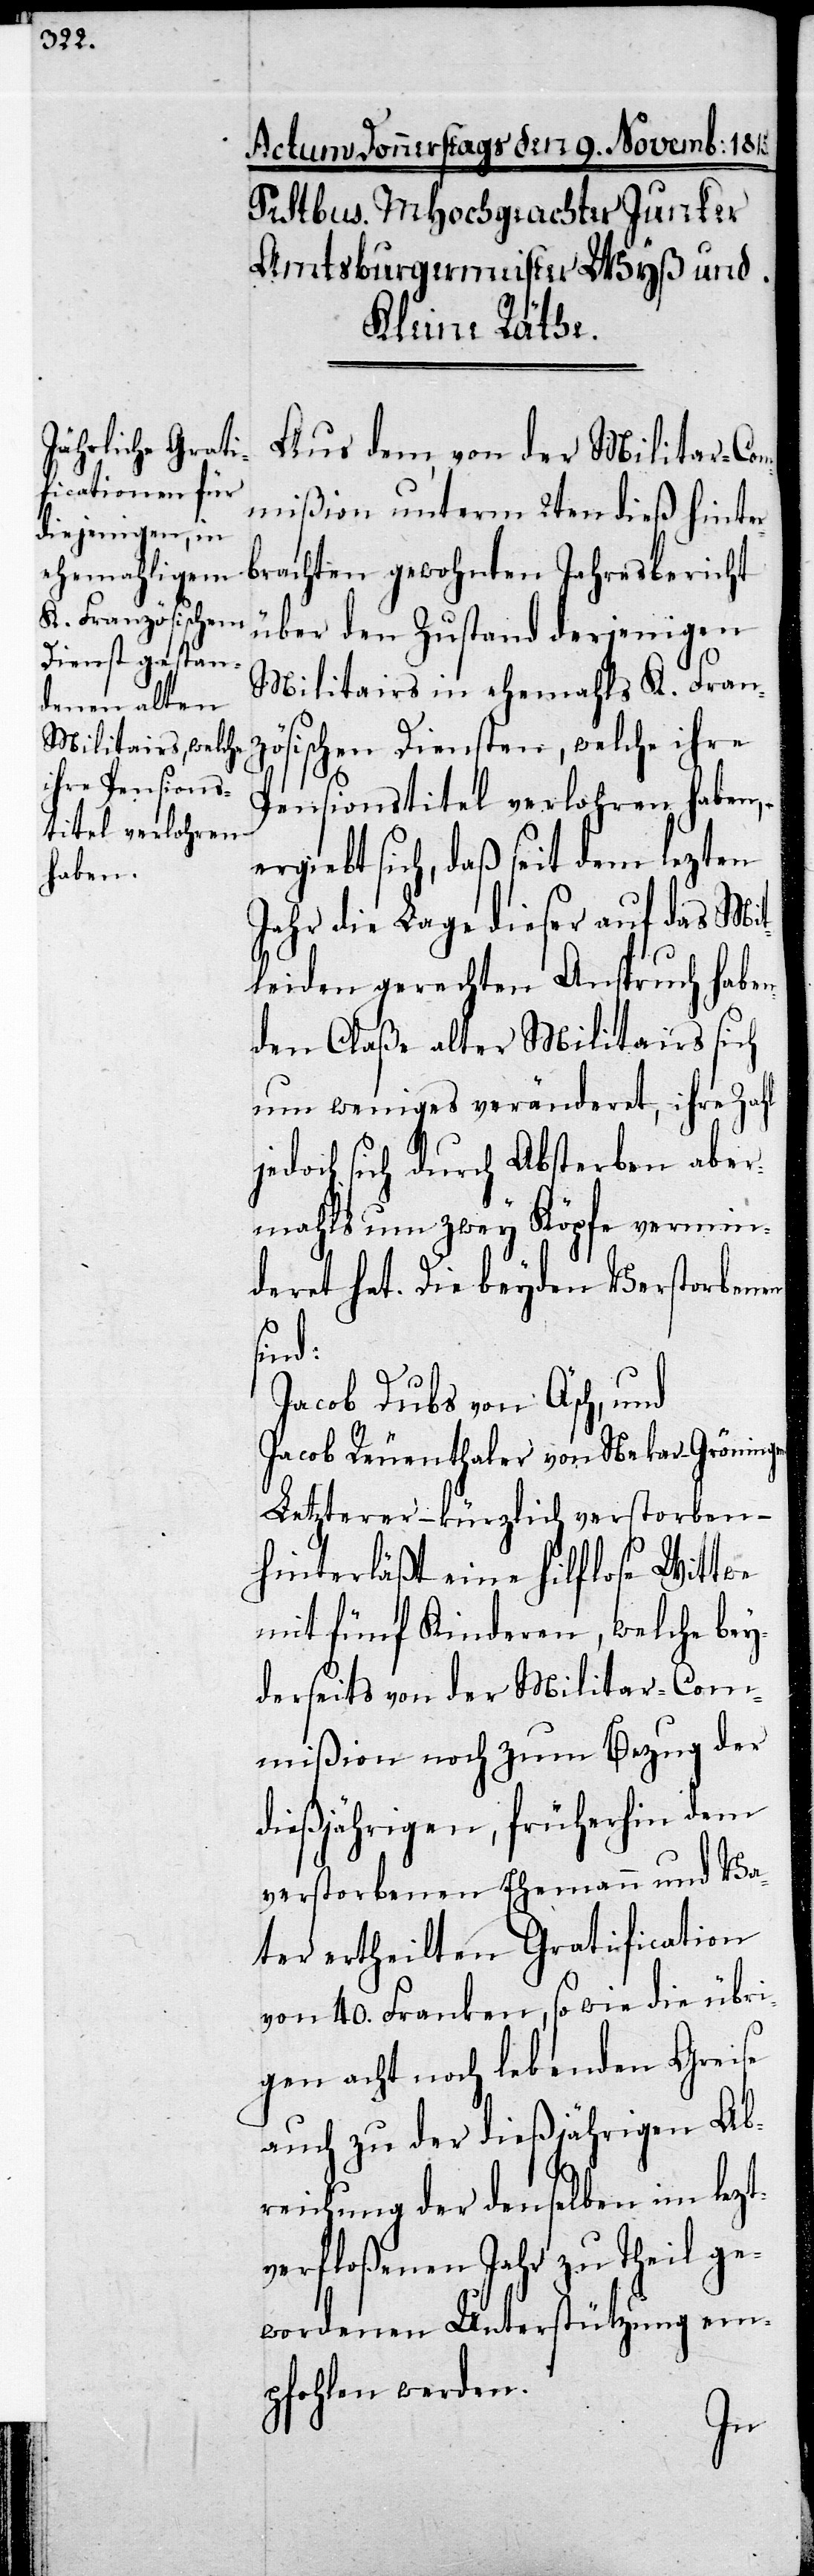
Aus dem, von der Militar-Com¬
mißion unterm 2ten dieß hinter¬
brachten gewohnten Jahresbericht
über den Zustand derjenigen
Militairs in ehemahls K. Fran¬
zösischen Diensten, welche ihre
Pensionstitel verlohren haben,
ergiebt sich, daß seit dem lezten
Jahr die Lage dieser auf das Mit¬
leiden gerechten Anspruch habe¬
nden Claße alter Militairs sich
um weniges veränderet, ihre Zahl
jedoch sich durch Absterben aber¬
mahls um zwey Köpfe vermin¬
dertet hat. Die beyden Verstorbenen
sind:
Jacob Dubs von Äsch, und
Jacob Reuenthaler von Nekar-Gröning¬
Letzterer – kürzlich verstorben –
hinterläßt eine hilflose Wittwe
mit fünf Kinderen, welche bey¬
derseits von der Militair-Com¬
mißion noch zum Bezug der
dießjährigen, früherhin dem
verstorbenen Ehemann und Va¬
ter ertheilten Gratification
von 40. Franken, sowie die übr¬
igen acht noch lebenden Greise
auch zu der dießjährigen Ab¬
reichung der denselben im lezt¬
verflossenen Jahr noch zu
wordenen Unterstützung em¬
pfohlen werden.
ge¬